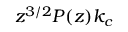
z ^ { 3 / 2 } P ( z ) k _ { c }